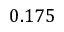
0 . 1 7 5